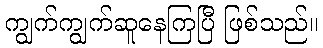
ကျွက်ကျွက်ဆူနေကြပြီ ဖြစ်သည်။